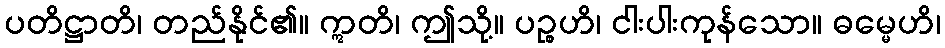
ပတိဋ္ဌာတိ၊ တည်နိုင်၏။ ဣတိ၊ ဤသို့။ ပဉ္စဟိ၊ ငါးပါးကုန်သော။ ဓမ္မေဟိ၊